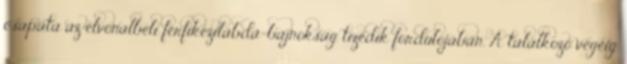
csapata az élvonalbeli férfikézilabda-bajnokság tizedik fordulójában. A találkozó végéig